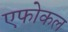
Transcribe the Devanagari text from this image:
एफोकल